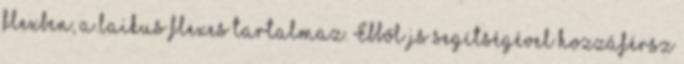
flexben, a laikus flexes tartalmaz. Ebből js segítségével hozzáférsz